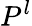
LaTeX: P^{l}